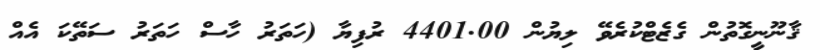
ޤާނޫނީގޮތުން ގެޒެޓްކުރެވޭ ލިޔުން 4401.00 ރުފިޔާ (ހަތަރު ހާސް ހަތަރު ސަތޭކަ އެއް